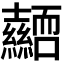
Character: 𭐜